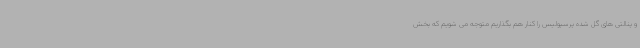
و پنالتی های گل شده پرسپولیس را کنار هم بگذاریم متوجه می شویم که بخش